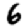
Digit: 6